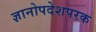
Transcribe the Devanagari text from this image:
ज्ञानोपदेशपरक